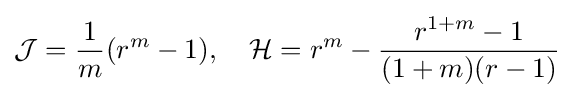
{\mathcal {J}}={\frac {1}{m}}(r^{m}-1),\quad {\mathcal {H}}=r^{m}-{\frac {r^{1+m}-1}{(1+m)(r-1)}}